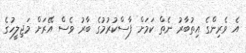
އެ ވެރިންގެ އިތުބާރު ނެތް ކަމަށް ފާސްކުރުމުގެ ބާރު ވެސް އޭރަށް މަޖިލީހުގެ